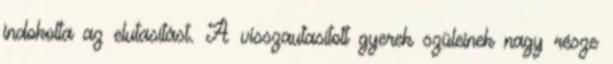
indokolta az elutasítást. A visszautasított gyerek szüleinek nagy része